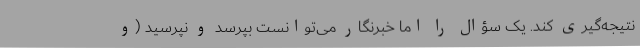
نتیجه‌گیری کند. یک سؤال را اما خبرنگار می‌توانست بپرسد و نپرسید (و